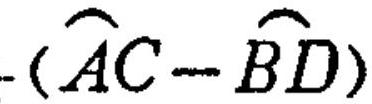
\(\overset{\frown}{AC}-\overset{\frown}{BD}\)